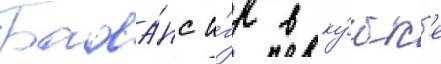
Бала́нс и́гр в ку́бк'е